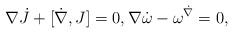
LaTeX: \begin{align*} \nabla \dot J + [\dot \nabla,J] = 0, \nabla \dot \omega - \omega^{\dot \nabla} = 0,\end{align*}